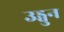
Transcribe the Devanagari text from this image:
उड्वुन